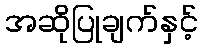
အဆိုပြုချက်နှင့်